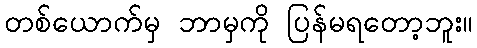
တစ်ယောက်မှ ဘာမှကို ပြန်မရတော့ဘူး။